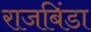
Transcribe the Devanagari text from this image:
राजबिंडा